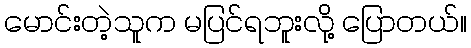
မောင်းတဲ့သူက မပြင်ရဘူးလို့ ပြောတယ်။